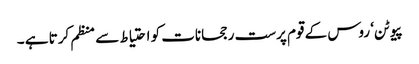
پیوٹن‘ روس کے قوم پرست رجحانات کو احتیاط سے منظم کرتا ہے ۔